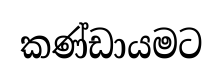
කණ්ඩායමට